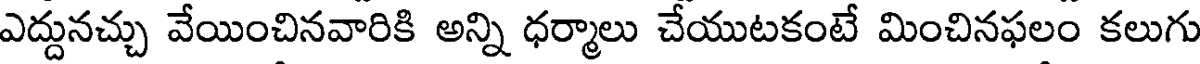
ఎద్దునచ్చు వేయించినవారికి అన్ని ధర్మాలు చేయుటకంటే మించినఫలం కలుగు